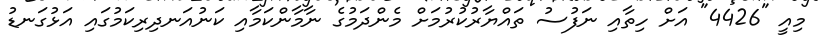
މިއީ "4426" އަށް ހިތާއި ނަފުސު ތައްޔާރުކުރުމަށް މެންދަމުގެ ނާމާންކަމާއި ކަނުއަނދިރިކަމުގައި އަޅުގަނޑު